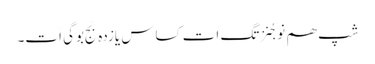
شپ ھم نوجُنزتگ اَت کساس یازدہ بَج بوگی اَت۔